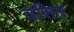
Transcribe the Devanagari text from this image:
वसित